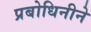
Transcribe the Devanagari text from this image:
प्रबोधिनीने